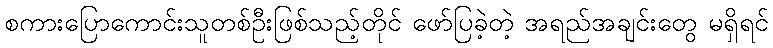
စကားပြောကောင်းသူတစ်ဦးဖြစ်သည့်တိုင် ဖော်ပြခဲ့တဲ့ အရည်အချင်းတွေ မရှိရင်